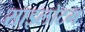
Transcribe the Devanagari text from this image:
साइलोटम